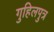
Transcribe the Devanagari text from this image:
गुहिलपुत्र